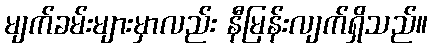
မျက်ခမ်းများမှာလည်း နီမြန်းလျက်ရှိသည်။